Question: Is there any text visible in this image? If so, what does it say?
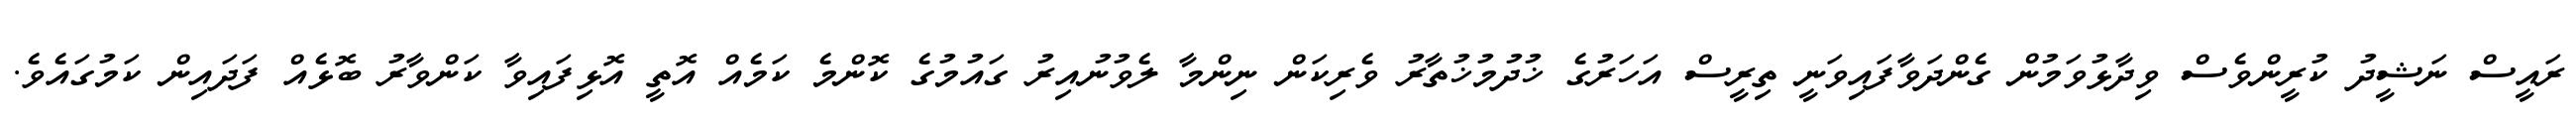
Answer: ރައީސް ނަޝީދު ކުރީންވެސް ވިދާޅުވަމުން ގެންދަވާފައިވަނީ ތިރީސް އަހަރުގެ ޚުދުމުޚުތާރު ވެރިކަން ނިންމާ ލެވުނުއިރު ގައުމުގެ ކޮންމެ ކަމެއް އޮތީ އޮޅިފައިވާ ކަންވާރު ބޮޅެއް ފަދައިން ކަމުގައެވެ.